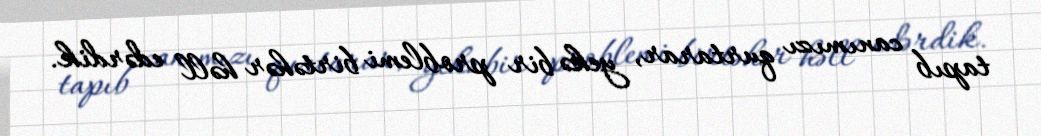
tapıb canımızı qurtarar, yekə bir problemi birtəhər həll edərdik.